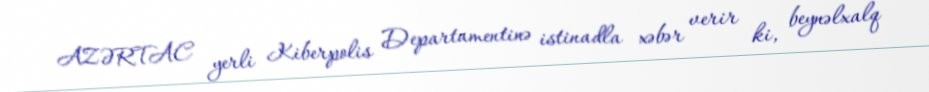
AZƏRTAC yerli Kiberpolis Departamentinə istinadla xəbər verir ki, beynəlxalq